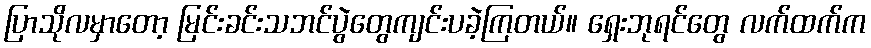
ပြာသိုလမှာတော့ မြင်းခင်းသဘင်ပွဲတွေကျင်းပခဲ့ကြတယ်။ ရှေးဘုရင်တွေ လက်ထက်က